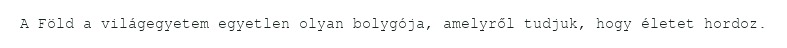
A Föld a világegyetem egyetlen olyan bolygója, amelyről tudjuk, hogy életet hordoz.